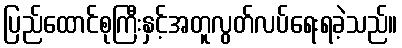
ပြည်ထောင်စုကြီးနှင့်အတူလွတ်လပ်ရေးရခဲ့သည်။